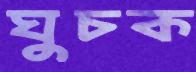
ঘুচক